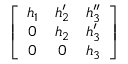
\left[ \begin{array} { c c c } { { h _ { 1 } } } & { { h _ { 2 } ^ { \prime } } } & { { h _ { 3 } ^ { \prime \prime } } } \\ { { 0 } } & { { h _ { 2 } } } & { { h _ { 3 } ^ { \prime } } } \\ { { 0 } } & { { 0 } } & { { h _ { 3 } } } \end{array} \right]